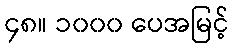
၄၈။ ၁၀၀၀ ပေအမြင့်